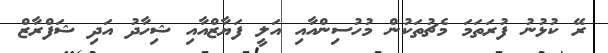
ރޭ ކުޅުނު ފުރަތަމަ މެޗުތަކުން މުހުސިންއާއި އަލީ ފަޔާޒްއާއި ޝިހާދު އަދި ޝަފްރާޒް